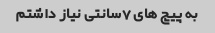
به پیچ های 7سانتی نیاز داشتم